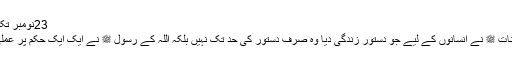
23نومبر تک جاری اس دورے میں سٹاف کے دوافرادان کے مزید پڑھیں
ربیع الاوّل کا پیغام ) بارہ ربیع الاول کو آنے والے محسنِ کائنات ﷺ نے انسانوں کے لیے جو دستورِ زندگی دیا وہ صرف دستور کی حد تک نہیں بلکہ اللہ کے رسول ﷺ نے ایک ایک حکم پر عملی طور پر عمل فرماکر، دستورِ حیات کو نافذ کرکے دکھادیا۔